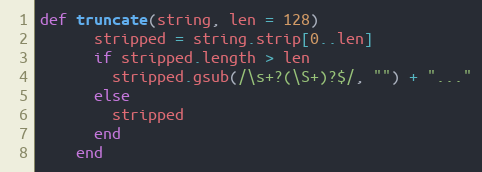
Language: Ruby
def truncate(string, len = 128)
      stripped = string.strip[0..len]
      if stripped.length > len
        stripped.gsub(/\s+?(\S+)?$/, "") + "..."
      else
        stripped
      end
    end